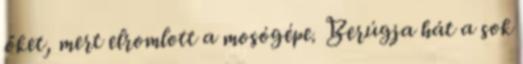
őket, mert elromlott a mosógépe. Berúgja hát a sok